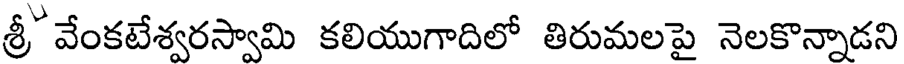
శ్రీ వేంకటేశ్వరస్వామి కలియుగాదిలో తిరుమలపై నెలకొన్నాడని